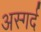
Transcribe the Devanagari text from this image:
अस्गर्द